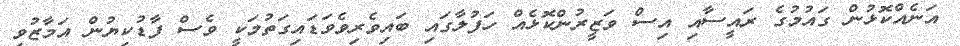
އަނެއްކޮޅުން ގައުމުގެ ރައީސާއި އިސް ވަޒީރުންކޮޅެއް ހަފުލާގައި ބައިވެރިވެވަޑައިގަތުމަކީ ވެސް ފާޑުކިޔުން އަމާޒުވި